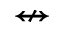
\nleftrightarrow